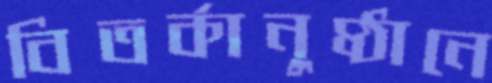
বিতর্কানুষ্ঠানে